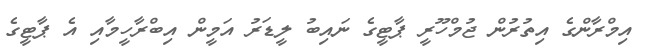
އިމްރާންގެ އިތުރުން ޖުމްހޫރީ ޕާޓީގެ ނައިބު ލީޑަރު އަމީން އިބްރާހީމާއި އެ ޕާޓީގެ